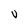
Character: U